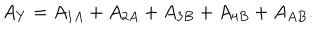
A _ { Y } = A _ { 1 A } + A _ { 2 A } + A _ { 3 B } + A _ { 4 B } + A _ { A B } .